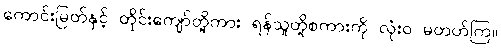
ကောင်းမြတ်နှင့် တိုင်းကျော်တို့ကား ရန်သူတို့စကားကို လုံးဝ မတတ်ကြ။